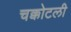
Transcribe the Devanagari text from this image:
चक्कोटली